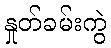
နှုတ်ခမ်းကွဲ